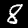
Label: 8